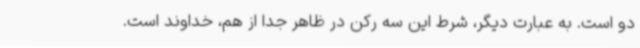
دو است. به عبارت دیگر، شرط این سه رکن در ظاهر جدا از هم، خداوند است.